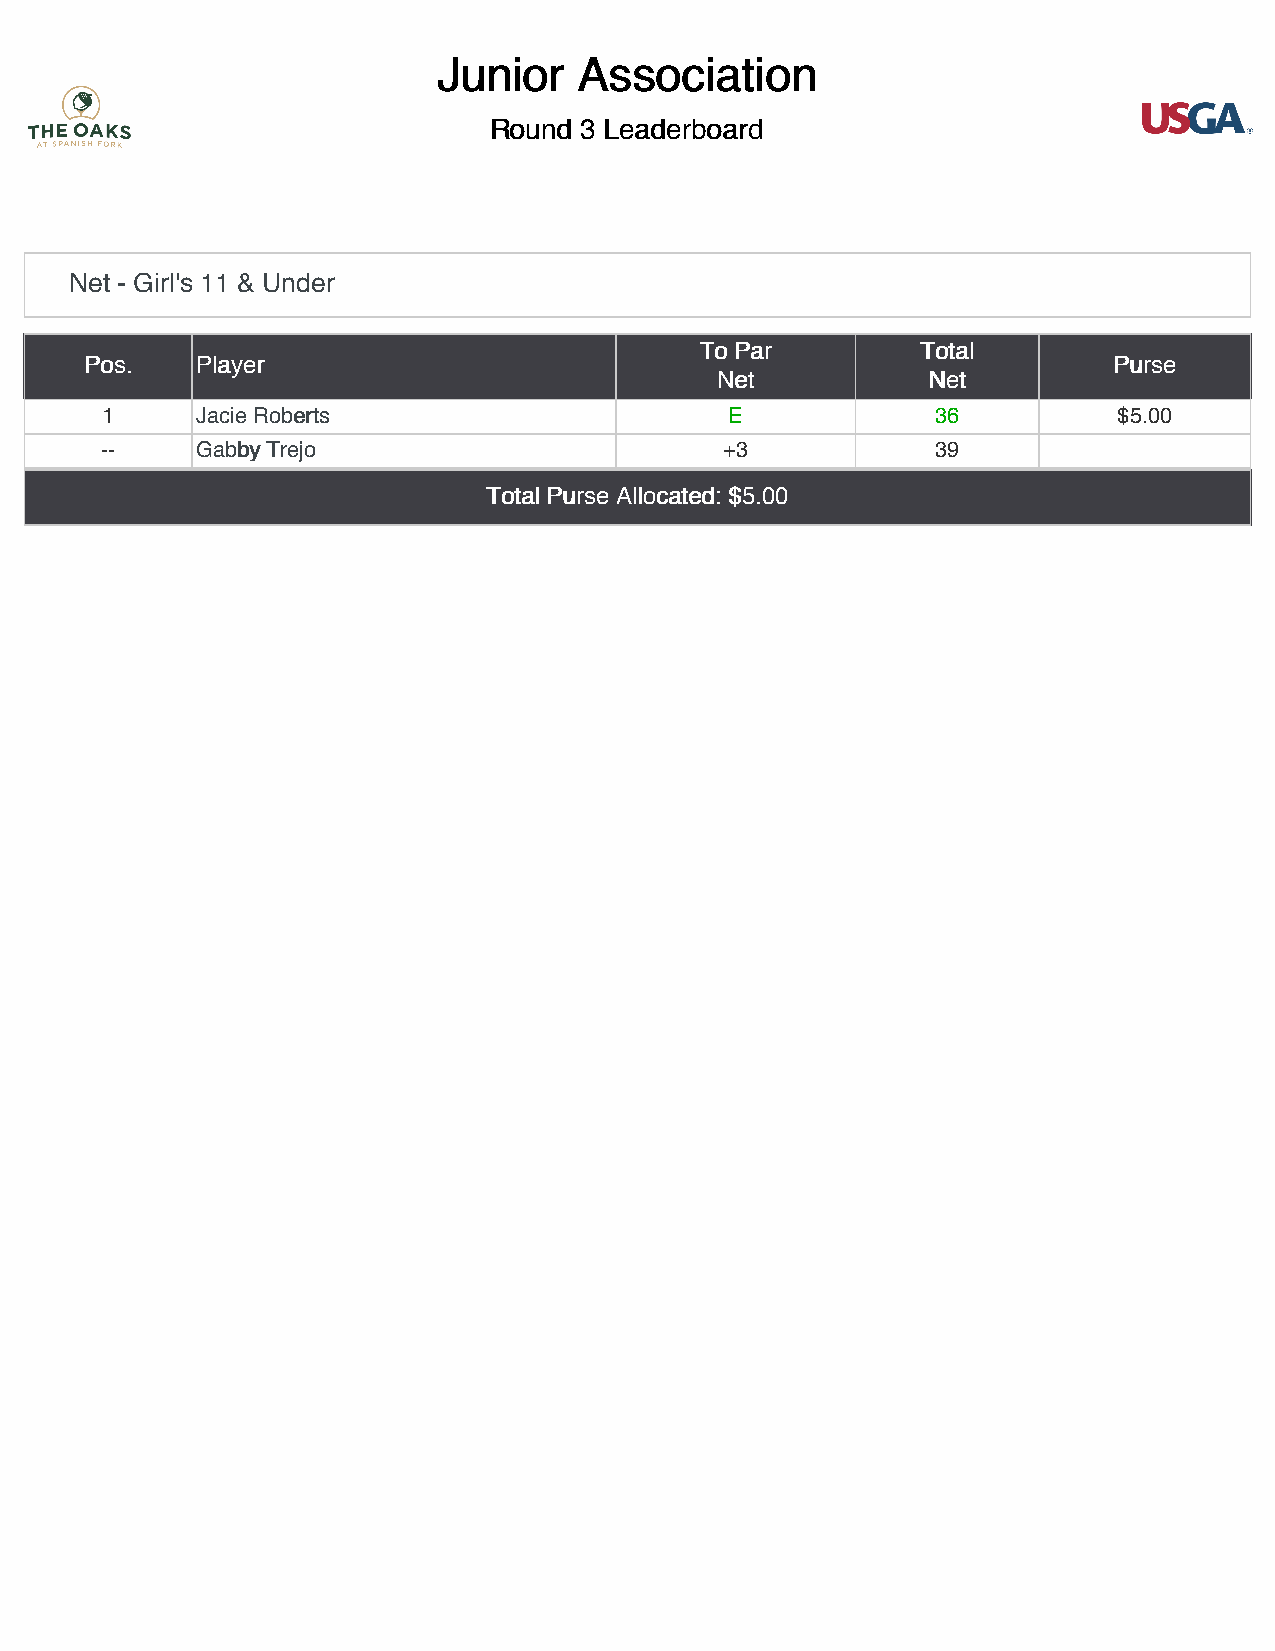
JJuunniioorr AAssssoocciiaattiioonn
 RRoouunndd 33 LLeeaaddeerrbbooaarrdd
 Net - Girl's 11 & Under
 TToo PPaarr    TToottaall
 PPooss.. PPllaayyeerr                                               PPuurrssee
 NNeett        NNeett
 1     JJaacciiee RRoobbeerrttss          E             36          $5.00
 --    GGaabbbbyy TTrreejjoo              +3            39
 TToottaall PPuurrssee AAllllooccaatteedd:: $$55..0000